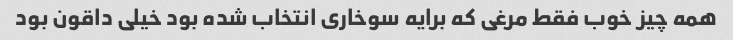
همه چیز خوب فقط مرغی که برایه سوخاری انتخاب شده بود خیلی داقون بود